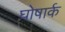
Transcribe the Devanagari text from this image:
घोषार्क